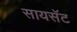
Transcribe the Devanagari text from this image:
सायसॅट